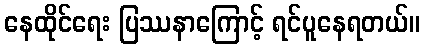
နေထိုင်ရေး ပြဿနာကြောင့် ရင်ပူနေရတယ်။